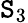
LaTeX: \mathtt{S}_{3}